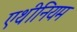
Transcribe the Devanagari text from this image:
एथीनियम